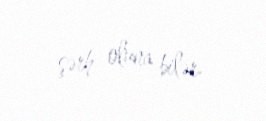
şərh oluna bilər.